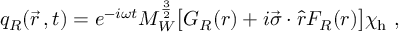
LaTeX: q _ { R } ( \vec { r } \, , t ) = e ^ { - i \omega t } M _ { W } ^ { \frac { 3 } { 2 } } \bigl [ G _ { R } ( r ) + i \vec { \sigma } \cdot \hat { r } F _ { R } ( r ) \bigr ] \chi _ { \mathrm { h } } \ ,